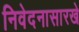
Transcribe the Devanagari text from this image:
निवेदनासारखे